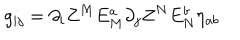
g _ { i j } = \partial _ { i } Z ^ { M } E _ { M } ^ { a } \partial _ { j } Z ^ { N } E _ { N } ^ { b } \eta _ { a b }